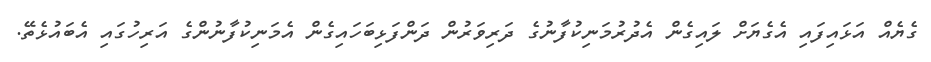
ގެޔެއް އަޅައިފައި އެގެޔަށް ލައިގެން އެދުރުމަނިކުފާނުގެ ދަރިވަރުން ދަންފަޅިބަހައިގެން އެމަނިކުފާނުންގެ އަރިހުގައި އެބައުޅެތޭ.